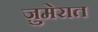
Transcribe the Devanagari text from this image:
ज़ुमेरात